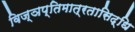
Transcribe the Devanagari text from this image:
विज्ञप्तिमात्रतासिद्धि